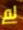
لم